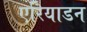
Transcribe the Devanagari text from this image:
एरियाडन